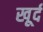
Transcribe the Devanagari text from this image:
खूर्द